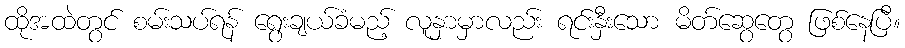
ထိုအထဲတွင် စမ်းသပ်ရန် ရွေးချယ်ခံမည့် လူနှာမှာလည်း ရင်းနှီးသော မိတ်ဆွေတွေ ဖြစ်နေပြီ။